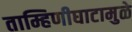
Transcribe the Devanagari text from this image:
ताम्हिणीघाटामुळे